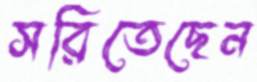
সরিতেছেন